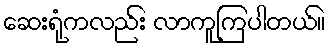
ဆေးရုံကလည်း လာကူကြပါတယ်။